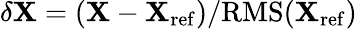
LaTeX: \delta\mathbf{X}=(\mathbf{X}-\mathbf{X}_{\mathrm{{ref}}})/\mathrm{{RMS}}(\mathbf{X}_{\mathrm{{ref}}})